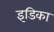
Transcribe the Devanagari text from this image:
इडिका